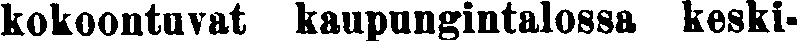
kokoontuvat kaupungintalossa keski-